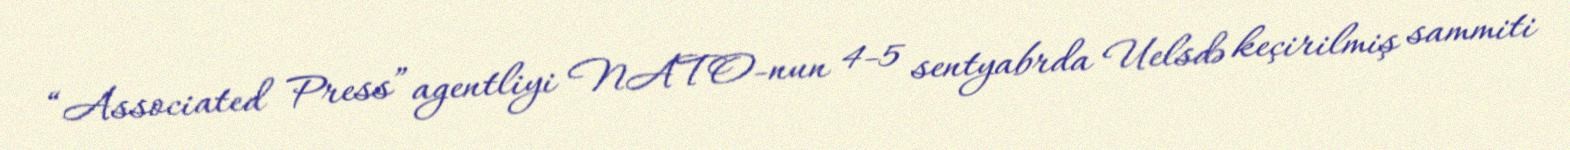
“Associated Press” agentliyi NATO-nun 4-5 sentyabrda Uelsdə keçirilmiş sammiti